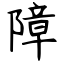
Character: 障